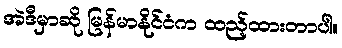
အဲဒီမှာဆို မြန်မာနိုင်ငံက ထည့်ထားတာပါ။